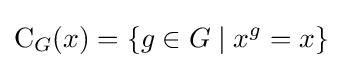
\mathrm {C} _{G}(x)=\{g\in G\mid x^{g}=x\}